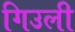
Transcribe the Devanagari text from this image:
गिउली